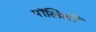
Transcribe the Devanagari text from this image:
पॉलिशों